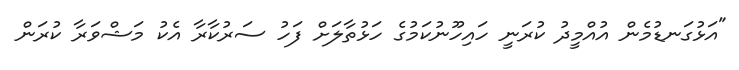
"އަޅުގަނޑުމެން އުއްމީދު ކުރަނީ ހައިހޫނުކަމުގެ ހަޅުތާލަށް ފަހު ސަރުކާރާ އެކު މަޝްވަރާ ކުރަން